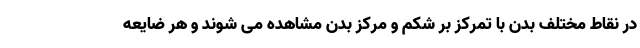
در نقاط مختلف بدن با تمرکز بر شکم و مرکز بدن مشاهده می شوند و هر ضایعه